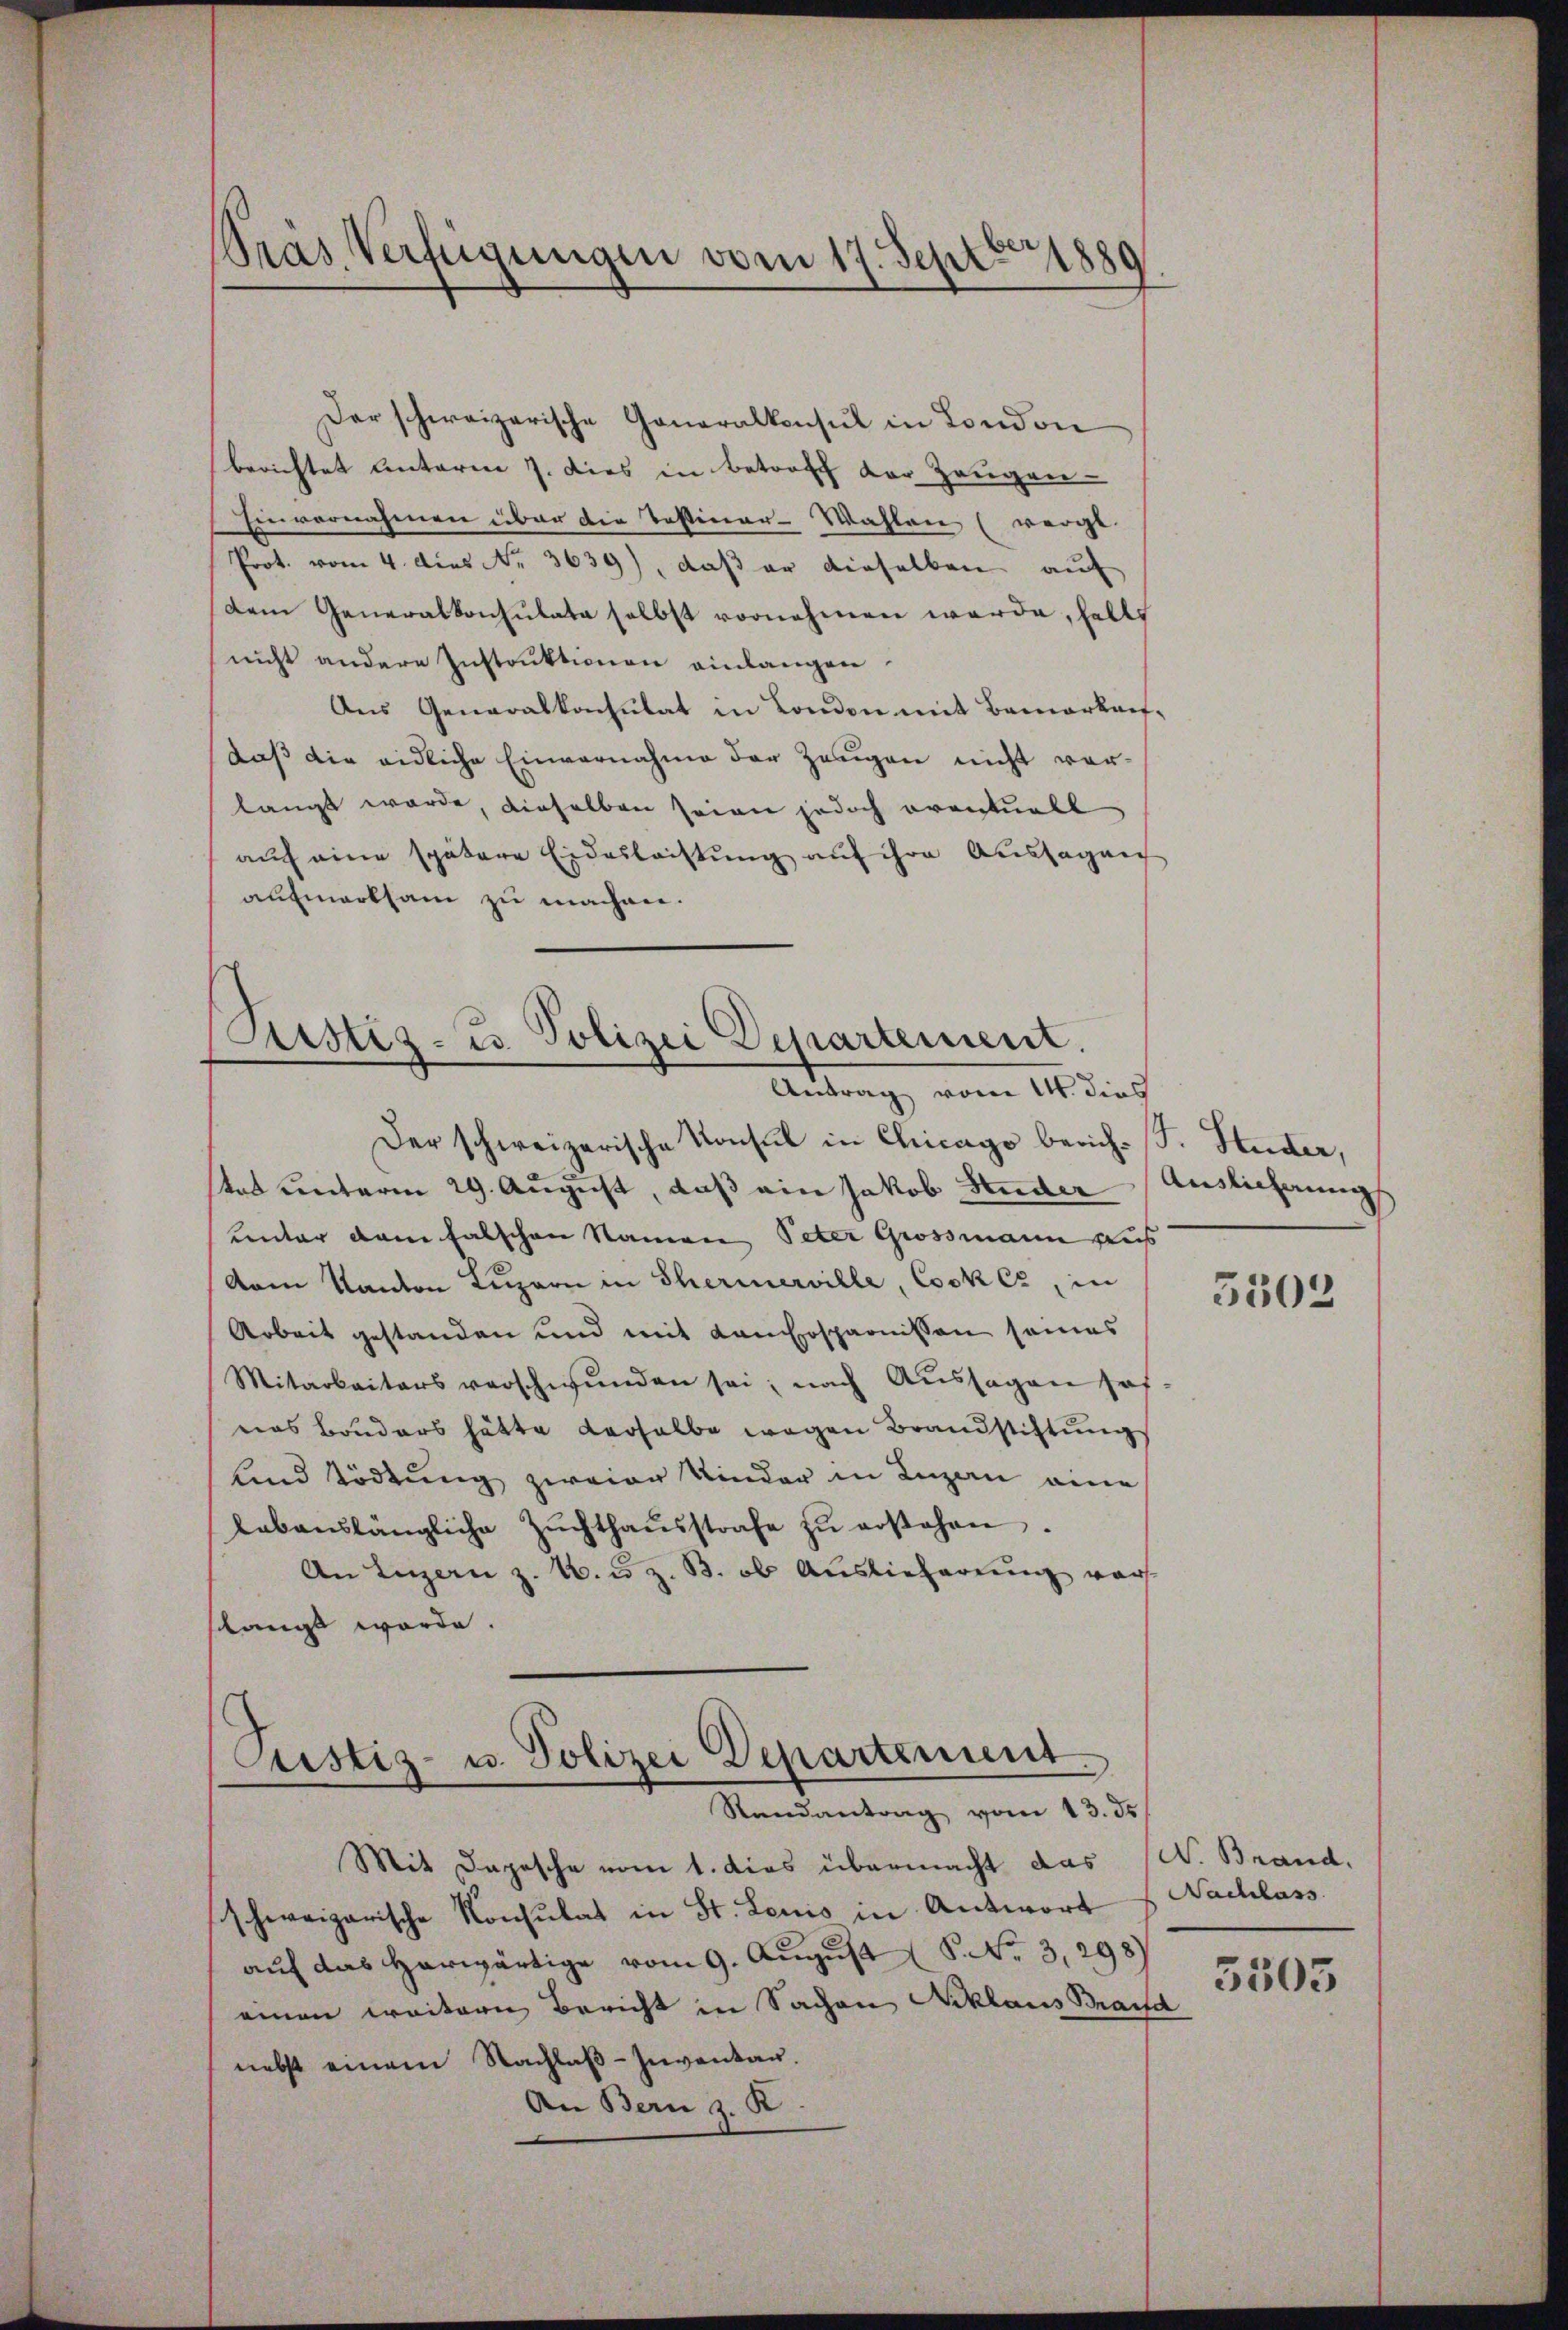
Der schweizerische Generalkonsul in London
berichtet unterm 7. dies in betroff der Zeugen
Einvernahmen über die Testinar-Wahlene (verge
Prot. vom 4. dies Nr. 3639), daß er dieselben auf
dem Generalkonsulate selbst vornehmen werde, halts
nicht andere Instruktionen einlangen.
Aus Generalkonsulat in London mit Bemerkauf-
daß die eidliche Einvernahme der Zeugen nicht ver-
langt werde, dieselben seien jedoch eventuell
aŭf eine spätere Eidesleistŭng aŭf ihre Aussagung
aufmerksam zu machen.

Pras Verfügungen vom 17. Sept. 1889

Justiz- u. Polizei Departement.
Antrag vom 14. dies
Der schweizerische Konsul in Chicago berich-F. Stutter,

stes Centerm 29. August, daß ein Jakob Studer
unter dem falschen Namen Peter Grossmann aus
vom Kanton Luzern in Thermerville, Cook Cr, in
Arbeit gestanden und mit Lanersparnissen seines
Mitarbeiters verschwunden sei; nach Aŭssagen sof
eas Bruders hätte derselbe wegen Brandstiftung
und Tödtung zweier Kinder in Lugan eine
labenslängliche Zŭchthaŭsstrafe zŭ erstehen.
An Luzern z. B. u. z. B. ob Auslieferung vor
ftlangt werde.

Custiz- u. Polizei Departement
Randantrag vom 13. ds

Mit Depesche vom 1. dies übermacht das W. Brand.
schweizerische Konsulat in St. Louis in Antwort
auf das herwärtige vom 9. August ( No 3,298)
einen weitern Bericht in Sachen Acklaus Band
nebst einem Nachlaß-Inventag.
An Bern z. R

Auslichnung

5502

Nachlass
3503